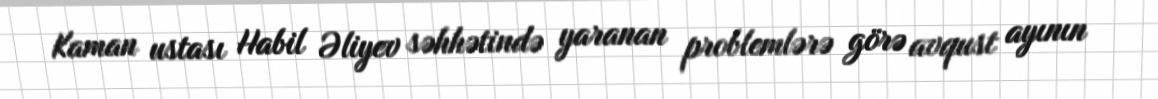
Kaman ustası Habil Əliyev səhhətində yaranan problemlərə görə avqust ayının